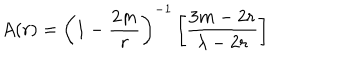
A ( r ) = \left( 1 - \frac { 2 m } { r } \right) ^ { - 1 } \left[ \frac { 3 m - 2 r } { \lambda - 2 r } \right]